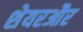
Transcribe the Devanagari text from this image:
शेयरऔर